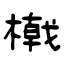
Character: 橶